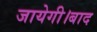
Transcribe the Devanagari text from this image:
जायेगी।बाद